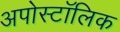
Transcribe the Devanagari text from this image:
अपोस्टॉलिक